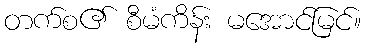
တက်စ၏ စီမံကိန်း မအောင်မြင်။